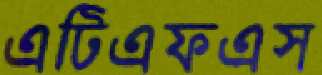
এটিএফএস